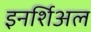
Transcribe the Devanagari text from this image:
इनर्शिअल